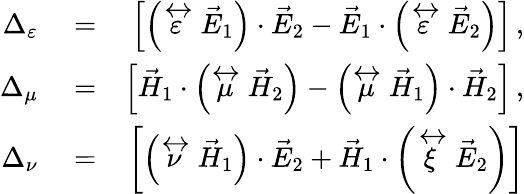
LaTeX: \begin{array}{rlr}{\Delta_{\varepsilon}}&{{}=}&{\left\lbrack\left(\stackrel{\leftrightarrow}{\varepsilon}\vec{E}_{1}\right)\cdot\vec{E}_{2}-\vec{E}_{1}\cdot\left(\stackrel{\leftrightarrow}{\varepsilon}\vec{E}_{2}\right)\right\rbrack\, ,}\\ {\Delta_{\mu}}&{{}=}&{\left\lbrack\vec{H}_{1}\cdot\left(\stackrel{\leftrightarrow}{\mu}\vec{H}_{2}\right)-\left(\stackrel{\leftrightarrow}{\mu}\vec{H}_{1}\right)\cdot\vec{H}_{2}\right\rbrack\, ,}\\ {\Delta_{\nu}}&{{}=}&{\left\lbrack\left(\stackrel{\leftrightarrow}{\nu}\vec{H}_{1}\right)\cdot\vec{E}_{2}+\vec{H}_{1}\cdot\left(\stackrel{\leftrightarrow}{\xi}\vec{E}_{2}\right)\right\rbrack}\end{array}